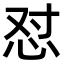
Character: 怼